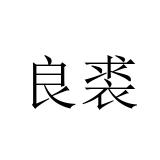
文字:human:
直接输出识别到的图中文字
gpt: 良裘